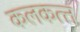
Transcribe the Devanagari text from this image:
कलकत्‍त